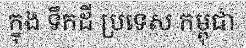
ក្នុង ទឹកដី ប្រទេស កម្ពុជា